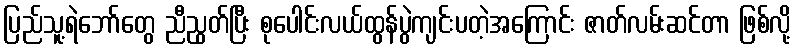
ပြည်သူ့ရဲဘော်တွေ ညီညွတ်ပြီး စုပေါင်းလယ်ထွန်ပွဲကျင်းပတဲ့အကြောင်း ဇာတ်လမ်းဆင်တာ ဖြစ်လို့